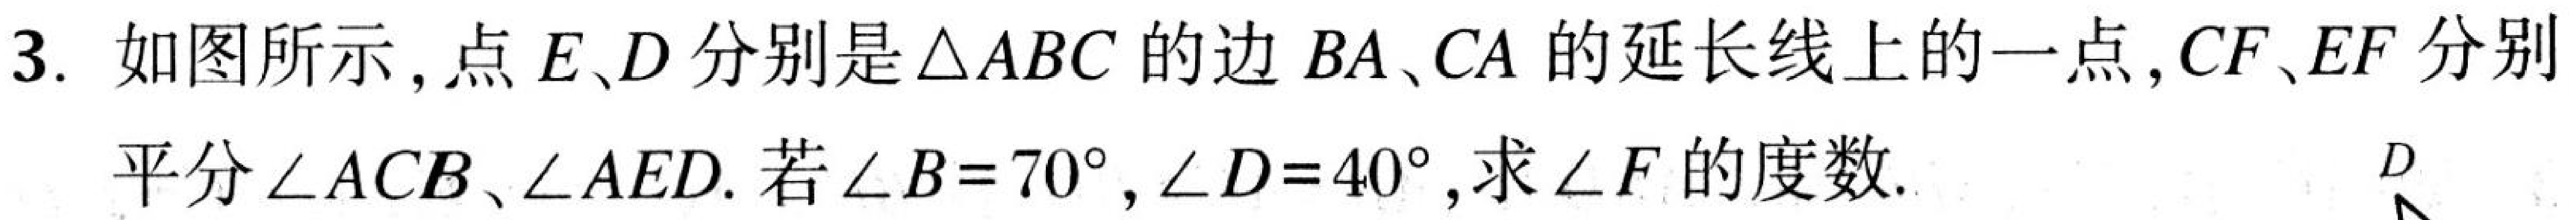
3. 如图所示，点\(E、D\)分别是\(\triangle ABC\)的边\(BA、CA\)的延长线上的一点，\(CF、EF\)分别平分\(\angle ACB\)、\(\angle AED\). 若\(\angle B = 70^{\circ}\)，\(\angle D = 40^{\circ}\)，求\(\angle F\)的度数.